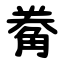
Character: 觠